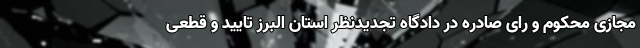
مجازی محکوم و رای صادره در دادگاه تجدیدنظر استان البرز تایید و قطعی